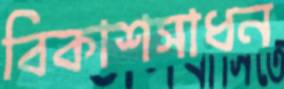
বিকাশসাধন